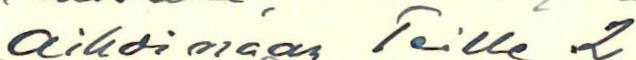
aikoinaan Teille 2